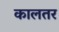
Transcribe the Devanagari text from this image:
कालतर